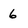
Character: 6